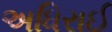
અધિરાઈ